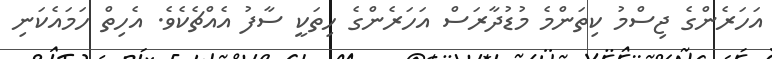
އަހަރެންގެ ޖިސްމު ކިތަންމެ މުޑުދާރަސް އަހަރެންގެ ހިތަކީ ސާފު އެއްޗެކެވެ. އެހިތް ހަމައެކަނި